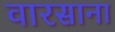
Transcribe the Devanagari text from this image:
वारसाना